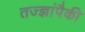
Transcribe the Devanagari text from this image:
तज्‍ज्ञांपैकी